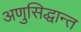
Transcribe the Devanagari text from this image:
अणुसिद्धान्त